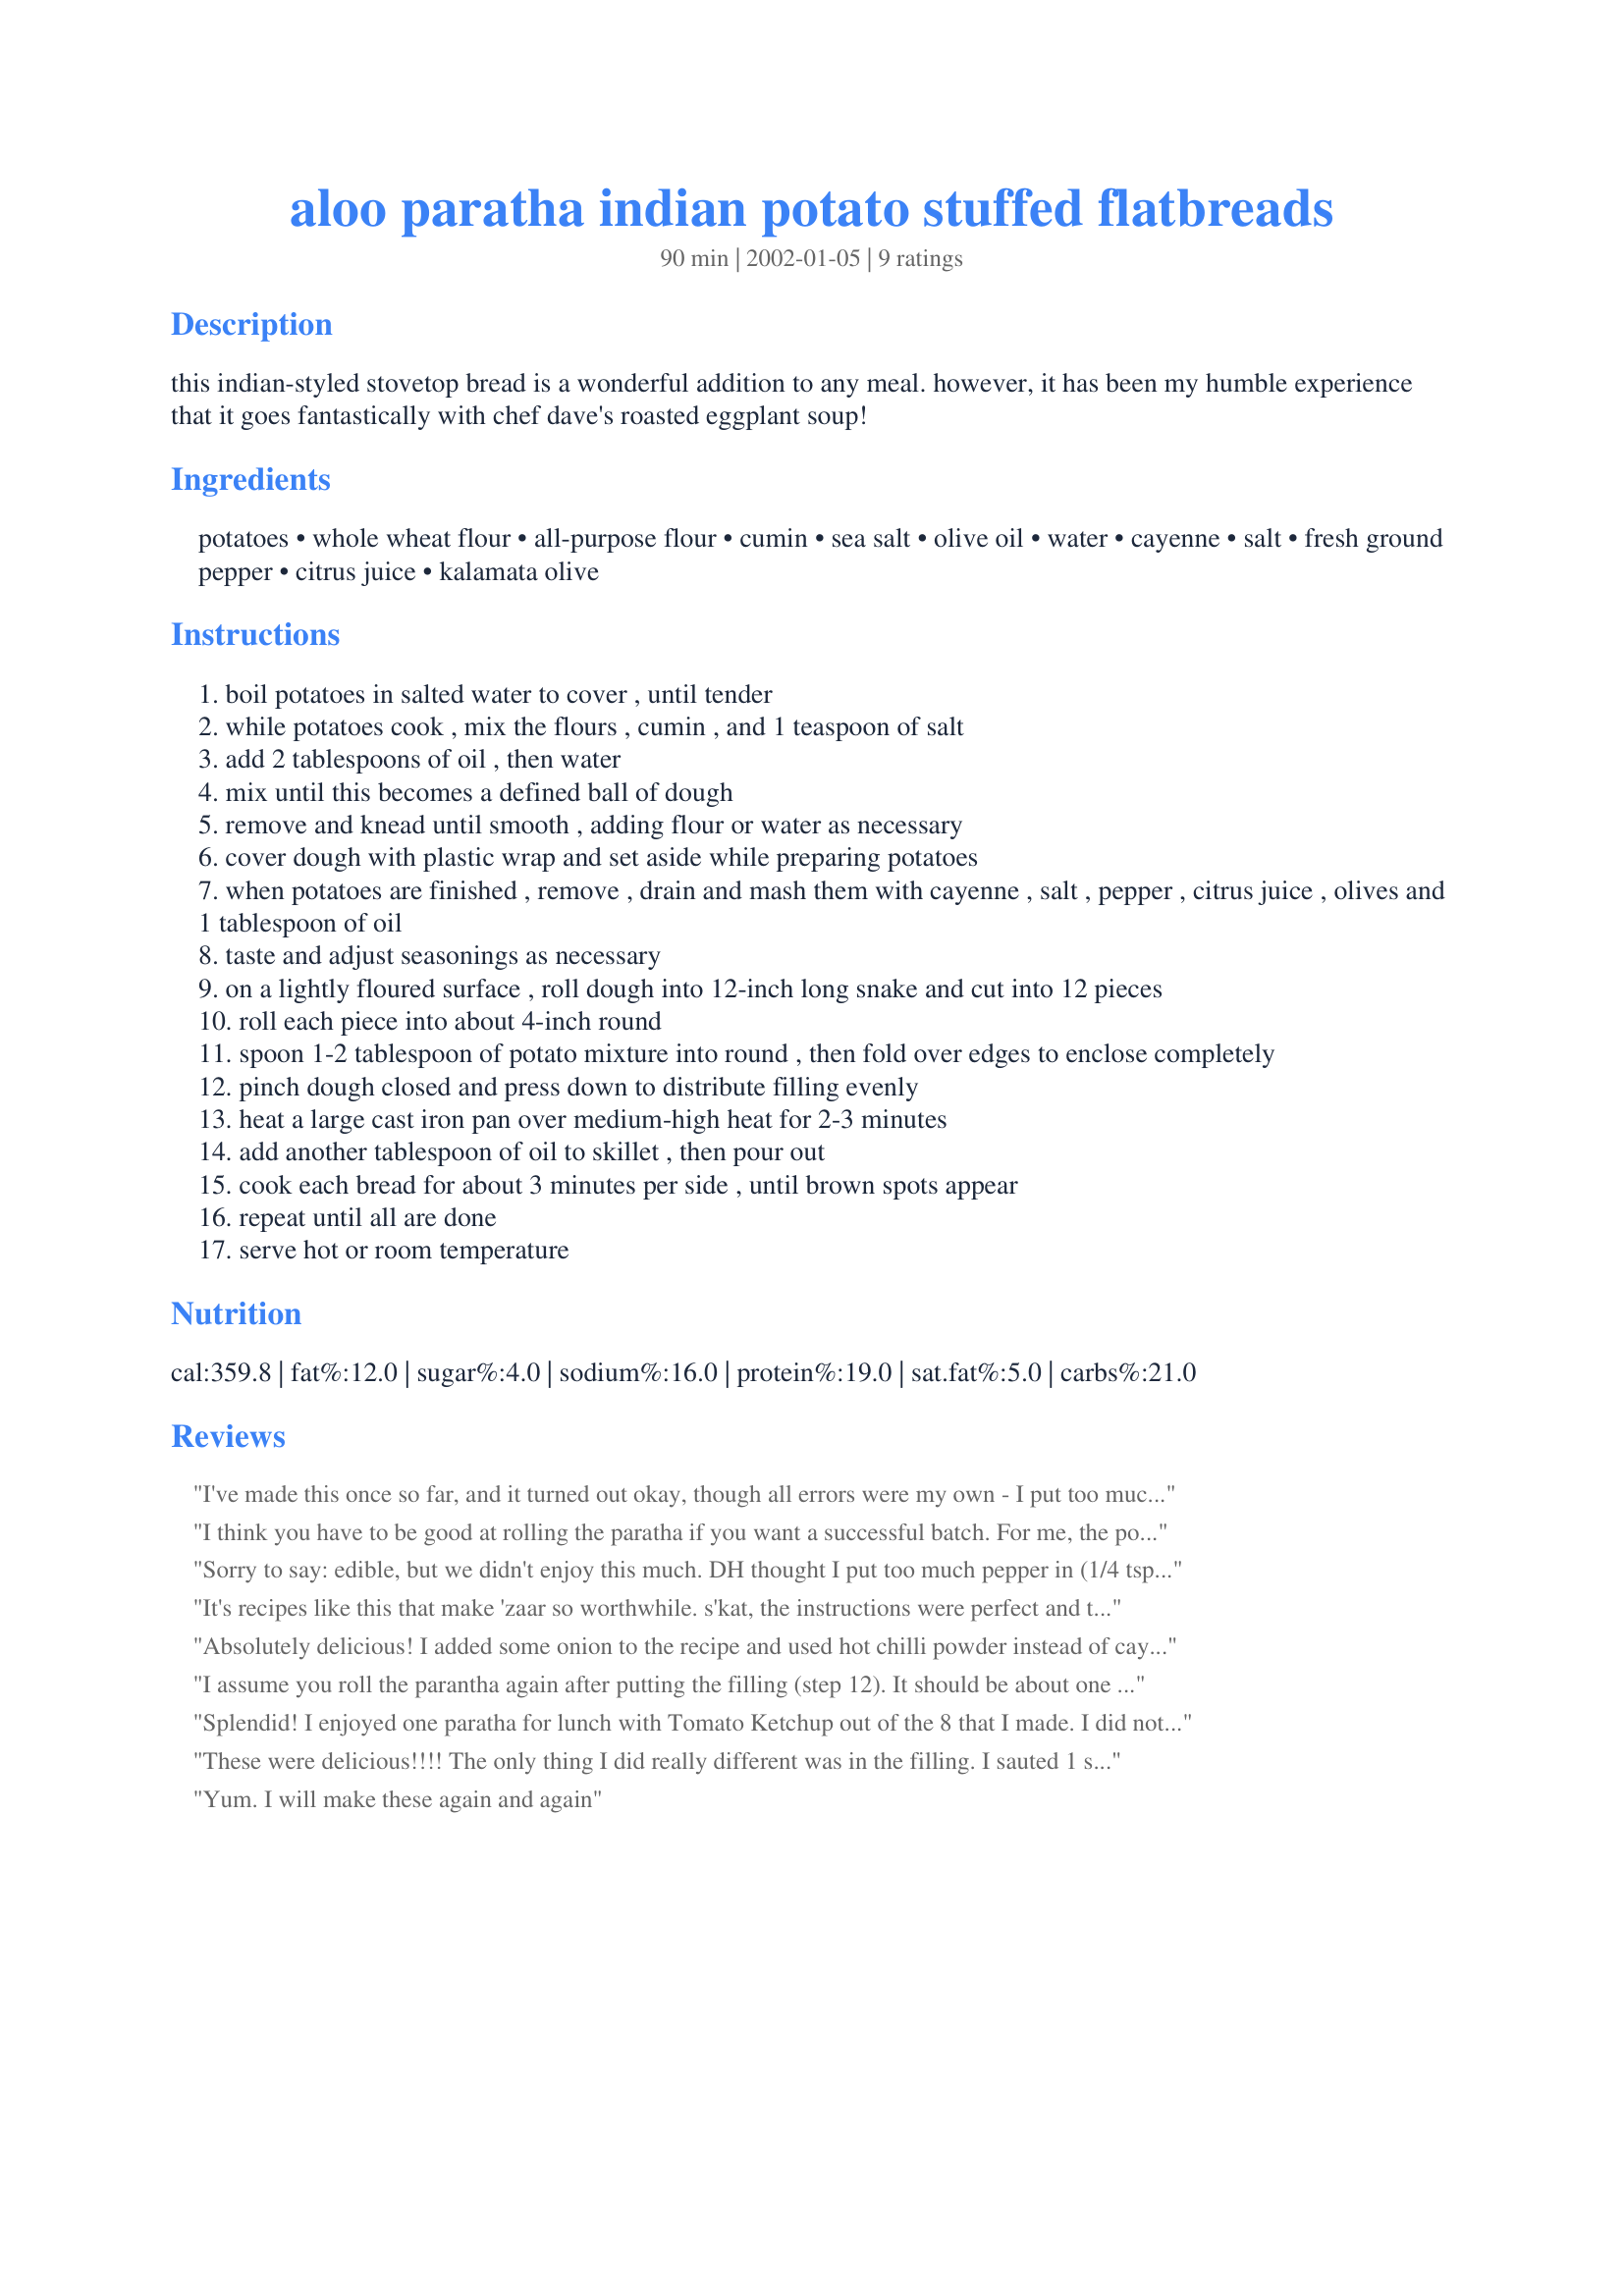
aloo paratha indian potato stuffed flatbreads
Preparation time: 90 minutes

this indian-styled stovetop bread is a wonderful addition to any meal. however, it has been my humble experience that it goes fantastically with chef dave's roasted eggplant soup!

Ingredients:
potatoes, whole wheat flour, all-purpose flour, cumin, sea salt, olive oil, water, cayenne, salt, fresh ground pepper, citrus juice, kalamata olive

Steps:
boil potatoes in salted water to cover , until tender
while potatoes cook , mix the flours , cumin , and 1 teaspoon of salt
add 2 tablespoons of oil , then water
mix until this becomes a defined ball of dough
remove and knead until smooth , adding flour or water as necessary
cover dough with plastic wrap and set aside while preparing potatoes
when potatoes are finished , remove , drain and mash them with cayenne , salt , pepper , citrus juice , olives and 1 tablespoon of oil
taste and adjust seasonings as necessary
on a lightly floured surface , roll dough into 12-inch long snake and cut into 12 pieces
roll each piece into about 4-inch round
spoon 1-2 tablespoon of potato mixture into round , then fold over edges to enclose completely
pinch dough closed and press down to distribute filling evenly
heat a large cast iron pan over medium-high heat for 2-3 minutes
add another tablespoon of oil to skillet , then pour out
cook each bread for about 3 minutes per side , until brown spots appear
repeat until all are done
serve hot or room temperature

Reviews:
I've made this once so far, and it turned out okay, though all errors were my own - I put too much potato in the bread, and as a result they didn't fry well. If I want to overstuff them again I may try boiling or baking. That aside, they were really delicious - I omitted the cumin, cayenne, juice and olives, because I didn't have any, but the potatoes with pepper inside the bread was delicious without. I'll definitely make this recipe again, and follow the instructions more closely next time.
I think you have to be good at rolling the paratha if you want a successful batch. For me, the potato mix spread unevenly, and each paratha seemed too small.


Sorry to say: edible, but we didn't enjoy this much. DH thought I put too much pepper in (1/4 tsp cayenne in a half batch and just a sprinkling of black pepper), but he didn't think it had much flavor otherwise. I seasoned to my taste so the spice was right for me but there was just something about the combination of flavors that didn't work for me, but I couldn't put my finger on exactly what, aside from the lemon flavor being a little too dominate. I did make exactly as directed (used 1/2 tsp salt and 3 olives). There's also a small problem with the directions: I rolled out to slightly over 4-inches and still couldn't fit more than about 1 1/2 teaspoons filling inside, much less 2 tablespoons.
It's recipes like this that make 'zaar so worthwhile. s'kat, the instructions were perfect and the results divine. This transformed my sometimes mundane kitchen into a path through India. I only made 8 huge parathas and omitted the olives (not my favorite thing). The toasty, chewy, soft, flavorful breads were the perfect comfort food. I will be eating them (again!) later along with your suggestion to accompany Dave's Roasted Eggplant Soup. Thanks so much.
Absolutely delicious! I added some onion to the recipe and used hot chilli powder instead of cayenne (which I didn't have) and they were really lovely.

I served the paratha with an aubergine and spinach curry and the flavours went extremely well together.

A great recipe!
I assume you roll the parantha again after putting the filling (step 12). It should be about one sixth of an inch thickness.
I'll try these with whole wheat flour only, with minimum oil.
Splendid! I enjoyed one paratha for lunch with Tomato Ketchup out of the 8 that I made. I did not have cayenne, so I substituted that with 1/2 tsp. black pepper. The citrus juice worked like magic in this(I used lemon). I did not have kalamata olives, hence, omitted those. A humble suggestion regarding the potatoes - I found that if they are chopped before boiling(rather than putting the whole potato in the boiling salted-water), they tend to cook faster! Hence, a great deal of time is saved. Thanks for a great recipe!
This will be a sure certain paratha on our table in the coming winter months.
These were delicious!!!! The only thing I did really different was in the filling. I sauted 1 small onion and added it to the filling. I dont like olives so I left them out. I chopped the potatoes as charishma did to cut down on cooking time. I used more wheat flour than white flour, and lemon juice for the citrus juice (which worked excellent!!). They were just spectacular! Thank you so much for an absolutely wonderful recipe!!
Yum. I will make these again and again
